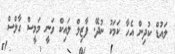
ލައުޑް ކުދިން އެހާ ކަމަކު ނުދޭ. ފާޒިލް ލައިކް ވަނީ މަމީސް ގާލްސް